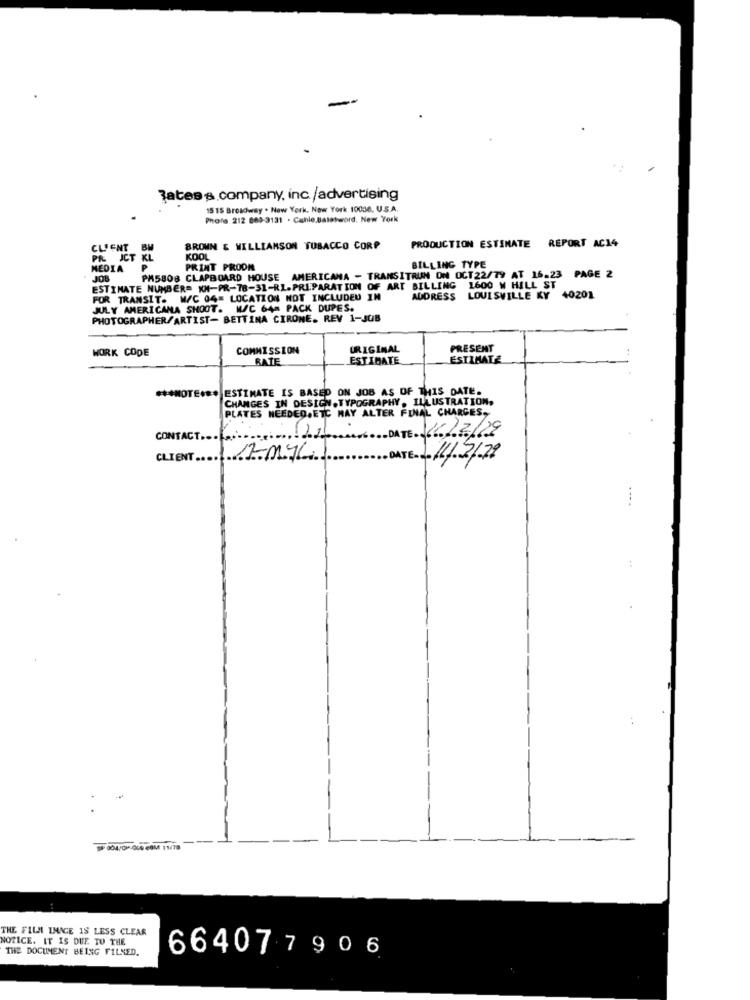
?ates s.company, inc./advertising
1515 Broadway . New York. Now York 10038, U.S.A.
Phore 212 889-3131 . Canle.Balatword. New York
CLIENT_BM
BROWN & WILLIAMSON TOBACCO CORP
PRODUCTION ESTIMATE REPORT AC14
PR JCT KL
KOOL
MEDIA P
PRINT PRODN
BILLING TYPE
JOB
PM5808 CLAPBOARD HOUSE
AMERICANA - TRANSITRUN ON OCT22/79 AT 16.23 PAGE 2
ESTIMATE NUMBER= KH-PR-78-31-RL.PREPARATION OF ART BILLING 1600 W HILL ST
FOR TRANSIT. W/C 04= LOCATION NOT INCLUDED IN
ADDRESS LOUISVILLE KY 40201
JULY AMERICANA SHOOT. W/C 64m PACK DUPES.
PHOTOGRAPHER/ARTIST- BETTINA CIRONE. REV 1-JOB
WORK CODE
COMMISSION
ORIGINAL
PRESENT
RATE
ESTIMATE
ESTIMATE
*** NOTE *** ESTIMATE IS BASED ON JOB AS OF THIS_DATE.
CHANGES IN DESIGN. TYPOGRAPHY. ILLUSTRATION,
PLATES NEEDED,ETC MAY ALTER FINAL CHARGES,
DATE: 16/2/29
CONTACT.
CLIENT ....
17MYL
ATE. / 11/2/29
THE FILL INACE IS LESS CLEAR
NOTICE. IT IS DUE TO THE
THE DOCUMENT BEING FILLED.
664077906